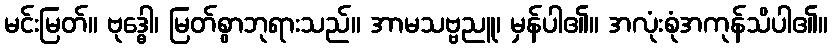
မင်းမြတ်။ ဗုဒ္ဓေါ၊ မြတ်စွာဘုရားသည်။ အာမသဗ္ဗညူ၊ မှန်ပါ၏။ အလုံးစုံအကုန်သိပါ၏။